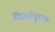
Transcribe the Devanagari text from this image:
निसर्गपूरक